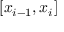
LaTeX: [ x _ { i - 1 } , x _ { i } ]